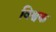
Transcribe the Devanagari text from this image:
विश्वक